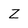
Character: Z